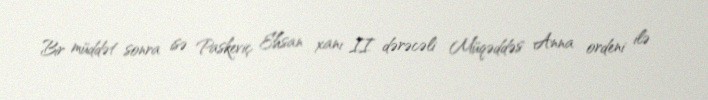
Bir müddət sonra isə Paskeviç Ehsan xanı II dərəcəli Müqəddəs Anna ordeni ilə